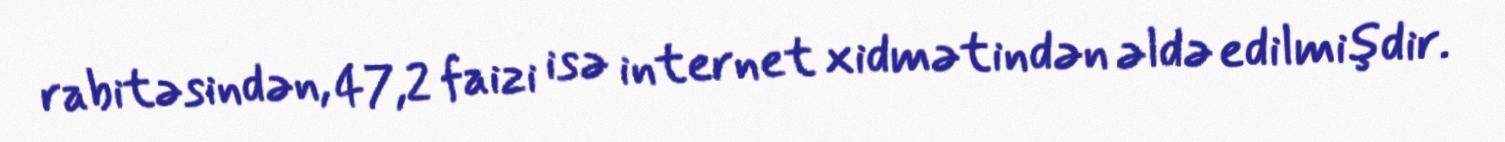
rabitəsindən, 47,2 faizi isə internet xidmətindən əldə edilmişdir.